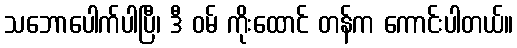
သဘောပေါက်ပါပြီ၊ ဒီ ဝမ် ကိုးထောင် တန်က ကောင်းပါတယ်။